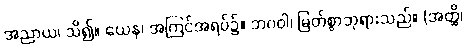
အညာယ၊ သိ၍။ ယေန၊ အကြင်အရပ်၌။ ဘဂဝါ၊ မြတ်စွာဘုရားသည်။ (အတ္ထိ၊